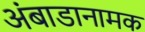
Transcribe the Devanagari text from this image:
अंबाडानामक